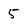
Character: 5